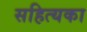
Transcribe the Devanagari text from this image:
सहित्यका